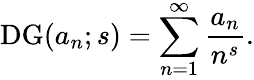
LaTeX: \operatorname{DG}(a_{n};s)=\sum_{n=1}^{\infty}{\frac{a_{n}}{n^{s}}}.